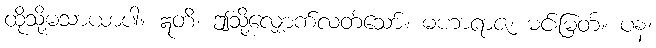
ထိုသို့မသာယာပါ။ ဣတိ၊ ဤသို့လျှောက်လတ်သော်။ မဟာရာဇ၊ မင်းမြတ်။ ပန၊